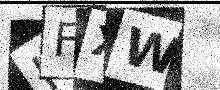
Text: KFXW